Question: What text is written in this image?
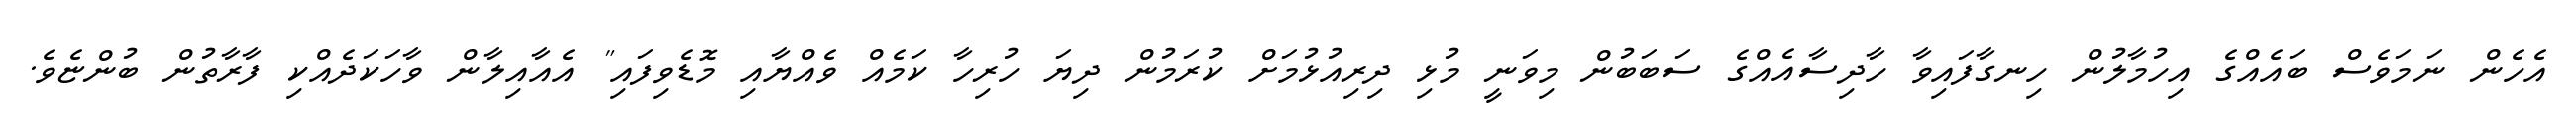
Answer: އެހެން ނަމަވެސް ބައެއްގެ އިހުމާލުން ހިނގާފައިވާ ހާދިސާއެއްގެ ސަބަބުން މިވަނީ މުޅި ދިރިއުޅުމަށް ކުރަމުން ދިޔަ ހުރިހާ ކަމެއް ވެއްޔާއި މޮޑެވިފައި" އެއާއިލާން ވާހަކަދެއްކި ފާރާތުން ބުންޏެވެ.